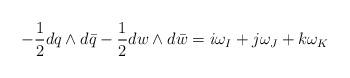
LaTeX: \begin{align*}-{1\over 2} dq\wedge d\bar{q}-{1\over 2} dw\wedge d\bar{w}=i\omega_I+j\omega_J+k\omega_K\end{align*}